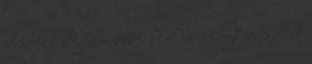
jelenben élnek, nem néznek se előre, se hátra, eszükbe